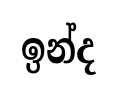
ඉන්ද